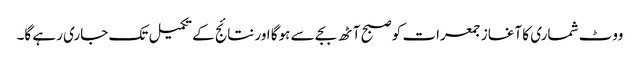
ووٹ شماری کا آغاز جمعرات کو صبح آٹھ بجے سے ہوگا اور نتائج کے تکمیل تک جاری رہے گا۔